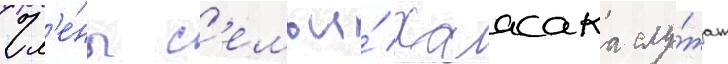
Чл'е́ны с'емьи́ хаасака слу́жат